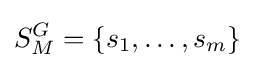
S_{M}^{G}=\left\{s_{1},\dots ,s_{m}\right\}